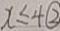
x \leq 4 \textcircled { 2 }